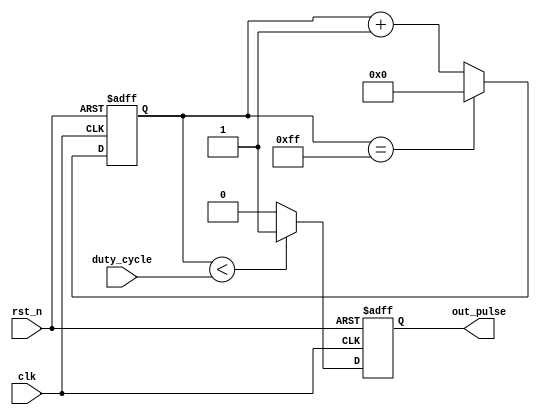
module DutyCyclePulseGenerator (
    input wire clk,
    input wire rst_n,
    input wire [7:0] duty_cycle,
    output reg out_pulse
);

reg [7:0] count;
reg pulse_state;

always @ (posedge clk or negedge rst_n) begin
    if (~rst_n) begin
        count <= 8'h00;
        pulse_state <= 1'b0;
    end else begin
        if (count == 8'd255)
            count <= 8'h00;
        else
            count <= count + 1;
        
        if (count < duty_cycle)
            pulse_state <= 1'b1;
        else
            pulse_state <= 1'b0;
    end
end

assign out_pulse = pulse_state;

endmodule